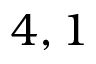
4 , 1